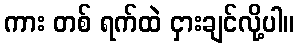
ကား တစ် ရက်ထဲ ငှားချင်လို့ပါ။